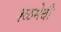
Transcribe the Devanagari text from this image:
श्ळमेबी